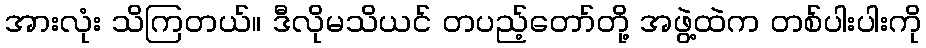
အားလုံး သိကြတယ်။ ဒီလိုမသိယင် တပည့်တော်တို့ အဖွဲ့ထဲက တစ်ပါးပါးကို